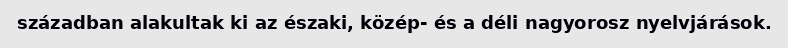
században alakultak ki az északi, közép- és a déli nagyorosz nyelvjárások.